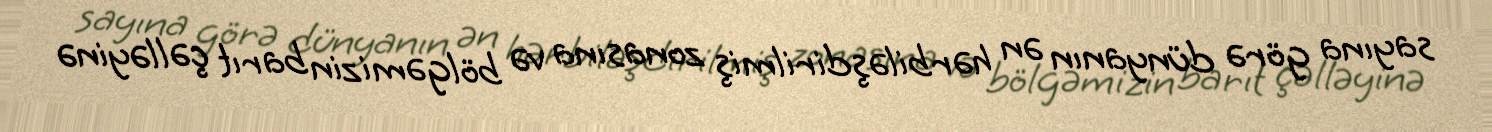
sayına görə dünyanın ən hərbiləşdirilmiş zonasına və bölgəmizin barıt çəlləyinə